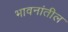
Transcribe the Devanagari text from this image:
भावनांतील